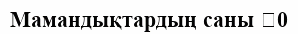
Мамандықтардың саны 	0